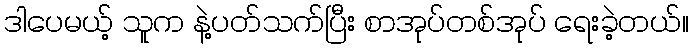
ဒါပေမယ့် သူက နဲ့ပတ်သက်ပြီး စာအုပ်တစ်အုပ် ရေးခဲ့တယ်။